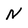
Character: N